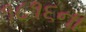
૧૮૧૬ના